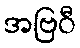
အဗြဝီ